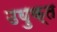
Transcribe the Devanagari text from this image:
उयुक्त